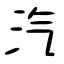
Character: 汽